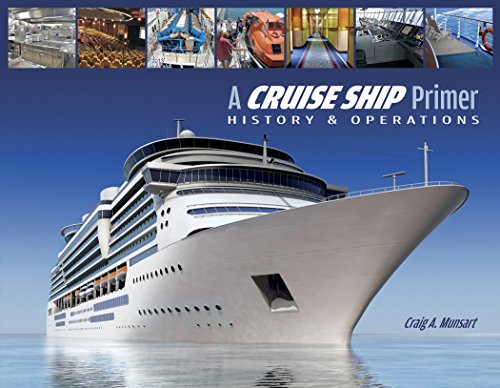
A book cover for A Cruise Ship Primer: History & Operations; Craig Munsart; Travel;